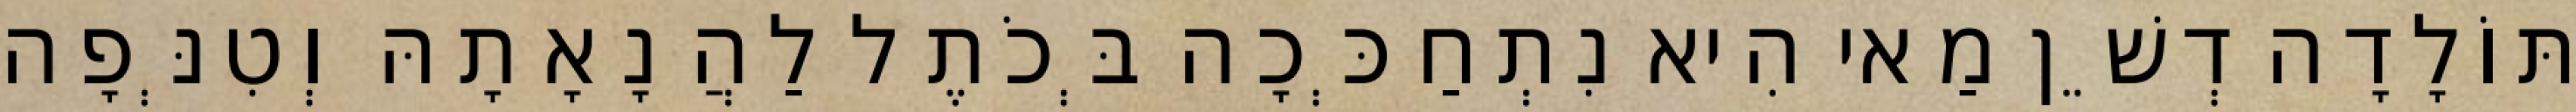
תּוֹלָדָה דְשֵׁן מַאי הִיא נִתְחַכְּכָה בְּכֹתֶל לַהֲנָאָתָהּ וְטִנְּפָה